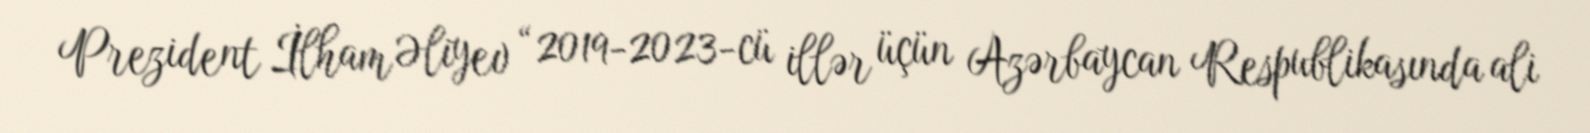
Prezident İlham Əliyev “2019-2023-cü illər üçün Azərbaycan Respublikasında ali